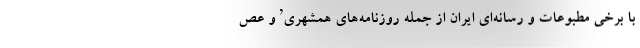
با برخی مطبوعات و رسانه‌ای ایران از جمله روزنامه‌های همشهری’ و عص